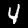
Digit: 4